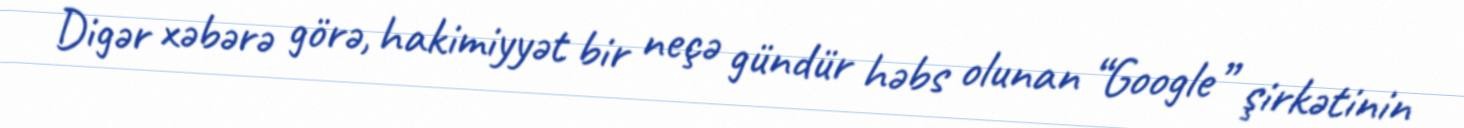
Digər xəbərə görə, hakimiyyət bir neçə gündür həbs olunan “Google” şirkətinin